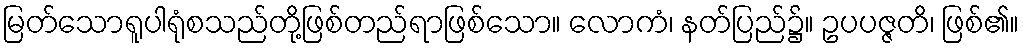
မြတ်သောရူပါရုံစသည်တို့ဖြစ်တည်ရာဖြစ်သော။ လောကံ၊ နတ်ပြည်၌။ ဥပပဇ္ဇတိ၊ ဖြစ်၏။